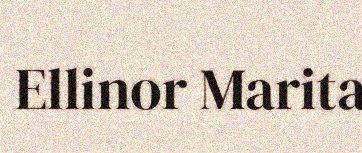
Ellinor Marita